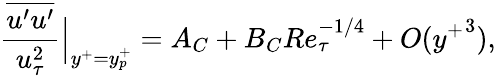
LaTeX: \frac{\overline{{u^{\prime}u^{\prime}}}}{u_{\tau}^{2}}\Big|_{y^{+}=y_{p}^{+}}=A_{C}+B_{C}Re_{\tau}^{-1/4}+O({y^{+}}^{3}),